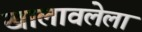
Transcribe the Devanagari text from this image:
खालावलेला